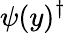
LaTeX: \psi(y)^{\dagger}